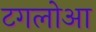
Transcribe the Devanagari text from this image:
टगलोआ